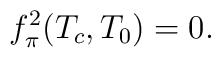
f_{\pi}^{2}(T_{c},T_{0})=0.